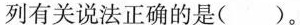
列有关说法正确的是( )。